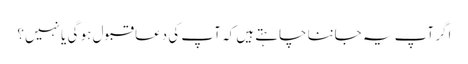
اگر آپ یہ جاننا چاہتے ہیں کہ آپ کی دعا قبول ہو گی یا نہیں؟